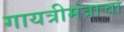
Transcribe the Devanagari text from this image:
गायत्रीमंत्राचा